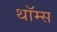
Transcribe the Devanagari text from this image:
थॉम्स